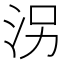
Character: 𱦀